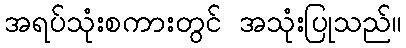
အရပ်သုံးစကားတွင် အသုံးပြုသည်။